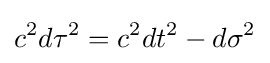
c^{2}d\tau ^{2}=c^{2}dt^{2}-d\sigma ^{2}